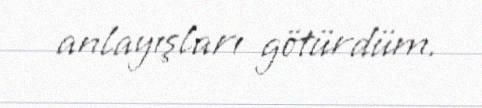
anlayışları götürdüm.